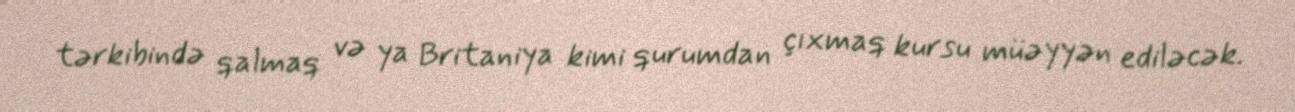
tərkibində qalmaq və ya Britaniya kimi qurumdan çıxmaq kursu müəyyən ediləcək.